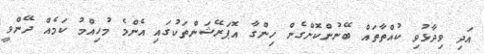
އަދި ވިދާޅުވި ކުއްތާތައް ބޭނުންކޮށްގެން ހިންގާ އޮޕަރޭޝަންތަކުގައި އެންމެ މުހިއްމު ކަމެއް ދޭންވީ